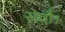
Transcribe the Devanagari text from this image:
सेवाै।